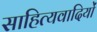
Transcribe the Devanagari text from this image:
साहित्यवादियों